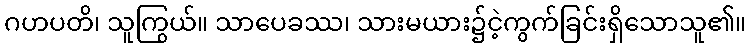
ဂဟပတိ၊ သူကြွယ်။ သာပေခဿ၊ သားမယား၌ငဲ့ကွက်ခြင်းရှိသောသူ၏။